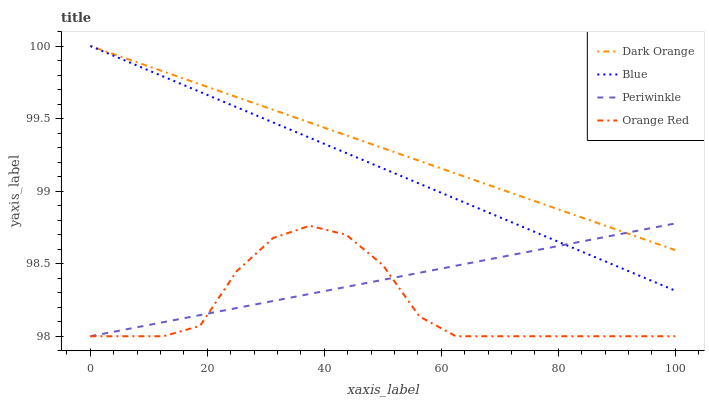
| xaxis_label | Dark Orange | Blue | Periwinkle | Orange Red |
 | --- | --- | --- | --- | --- |
 | 0 | 100 | 100 | 98 | 98 |
 | 6.25 | 99.9 | 99.9 | 98 | 98 |
 | 12.5 | 99.8 | 99.8 | 98.1 | 98 |
 | 18.8 | 99.7 | 99.7 | 98.1 | 98.1 |
 | 25 | 99.6 | 99.6 | 98.2 | 98.4 |
 | 31.2 | 99.6 | 99.5 | 98.2 | 98.7 |
 | 37.5 | 99.5 | 99.4 | 98.3 | 98.8 |
 | 43.8 | 99.4 | 99.3 | 98.3 | 98.7 |
 | 50 | 99.3 | 99.2 | 98.4 | 98.5 |
 | 56.2 | 99.2 | 99.1 | 98.4 | 98.1 |
 | 62.5 | 99.1 | 98.9 | 98.5 | 98 |
 | 68.8 | 99 | 98.8 | 98.5 | 98 |
 | 75 | 98.9 | 98.7 | 98.6 | 98 |
 | 81.2 | 98.9 | 98.6 | 98.6 | 98 |
 | 87.5 | 98.8 | 98.5 | 98.7 | 98 |
 | 93.8 | 98.7 | 98.4 | 98.7 | 98 |
 | 100 | 98.6 | 98.3 | 98.8 | 98 |